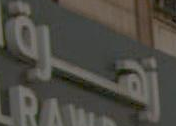
زهرة